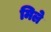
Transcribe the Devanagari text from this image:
मिले